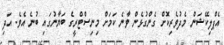
އެޕްލިކޭޝަން މެދުވެރިކޮށް ގެންގުޅެން ވާނެ ކަމަށް މިނިސްޓްރީގެ ބަޔާނުގައި ބުނެ އެވެ. އަދި